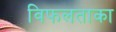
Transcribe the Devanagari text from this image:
विफलताका